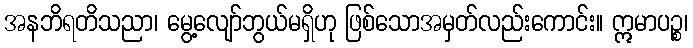
အနဘိရတိသညာ၊ မွေ့လျော်ဘွယ်မရှိဟု ဖြစ်သောအမှတ်လည်းကောင်း။ ဣမာပဉ္စ၊